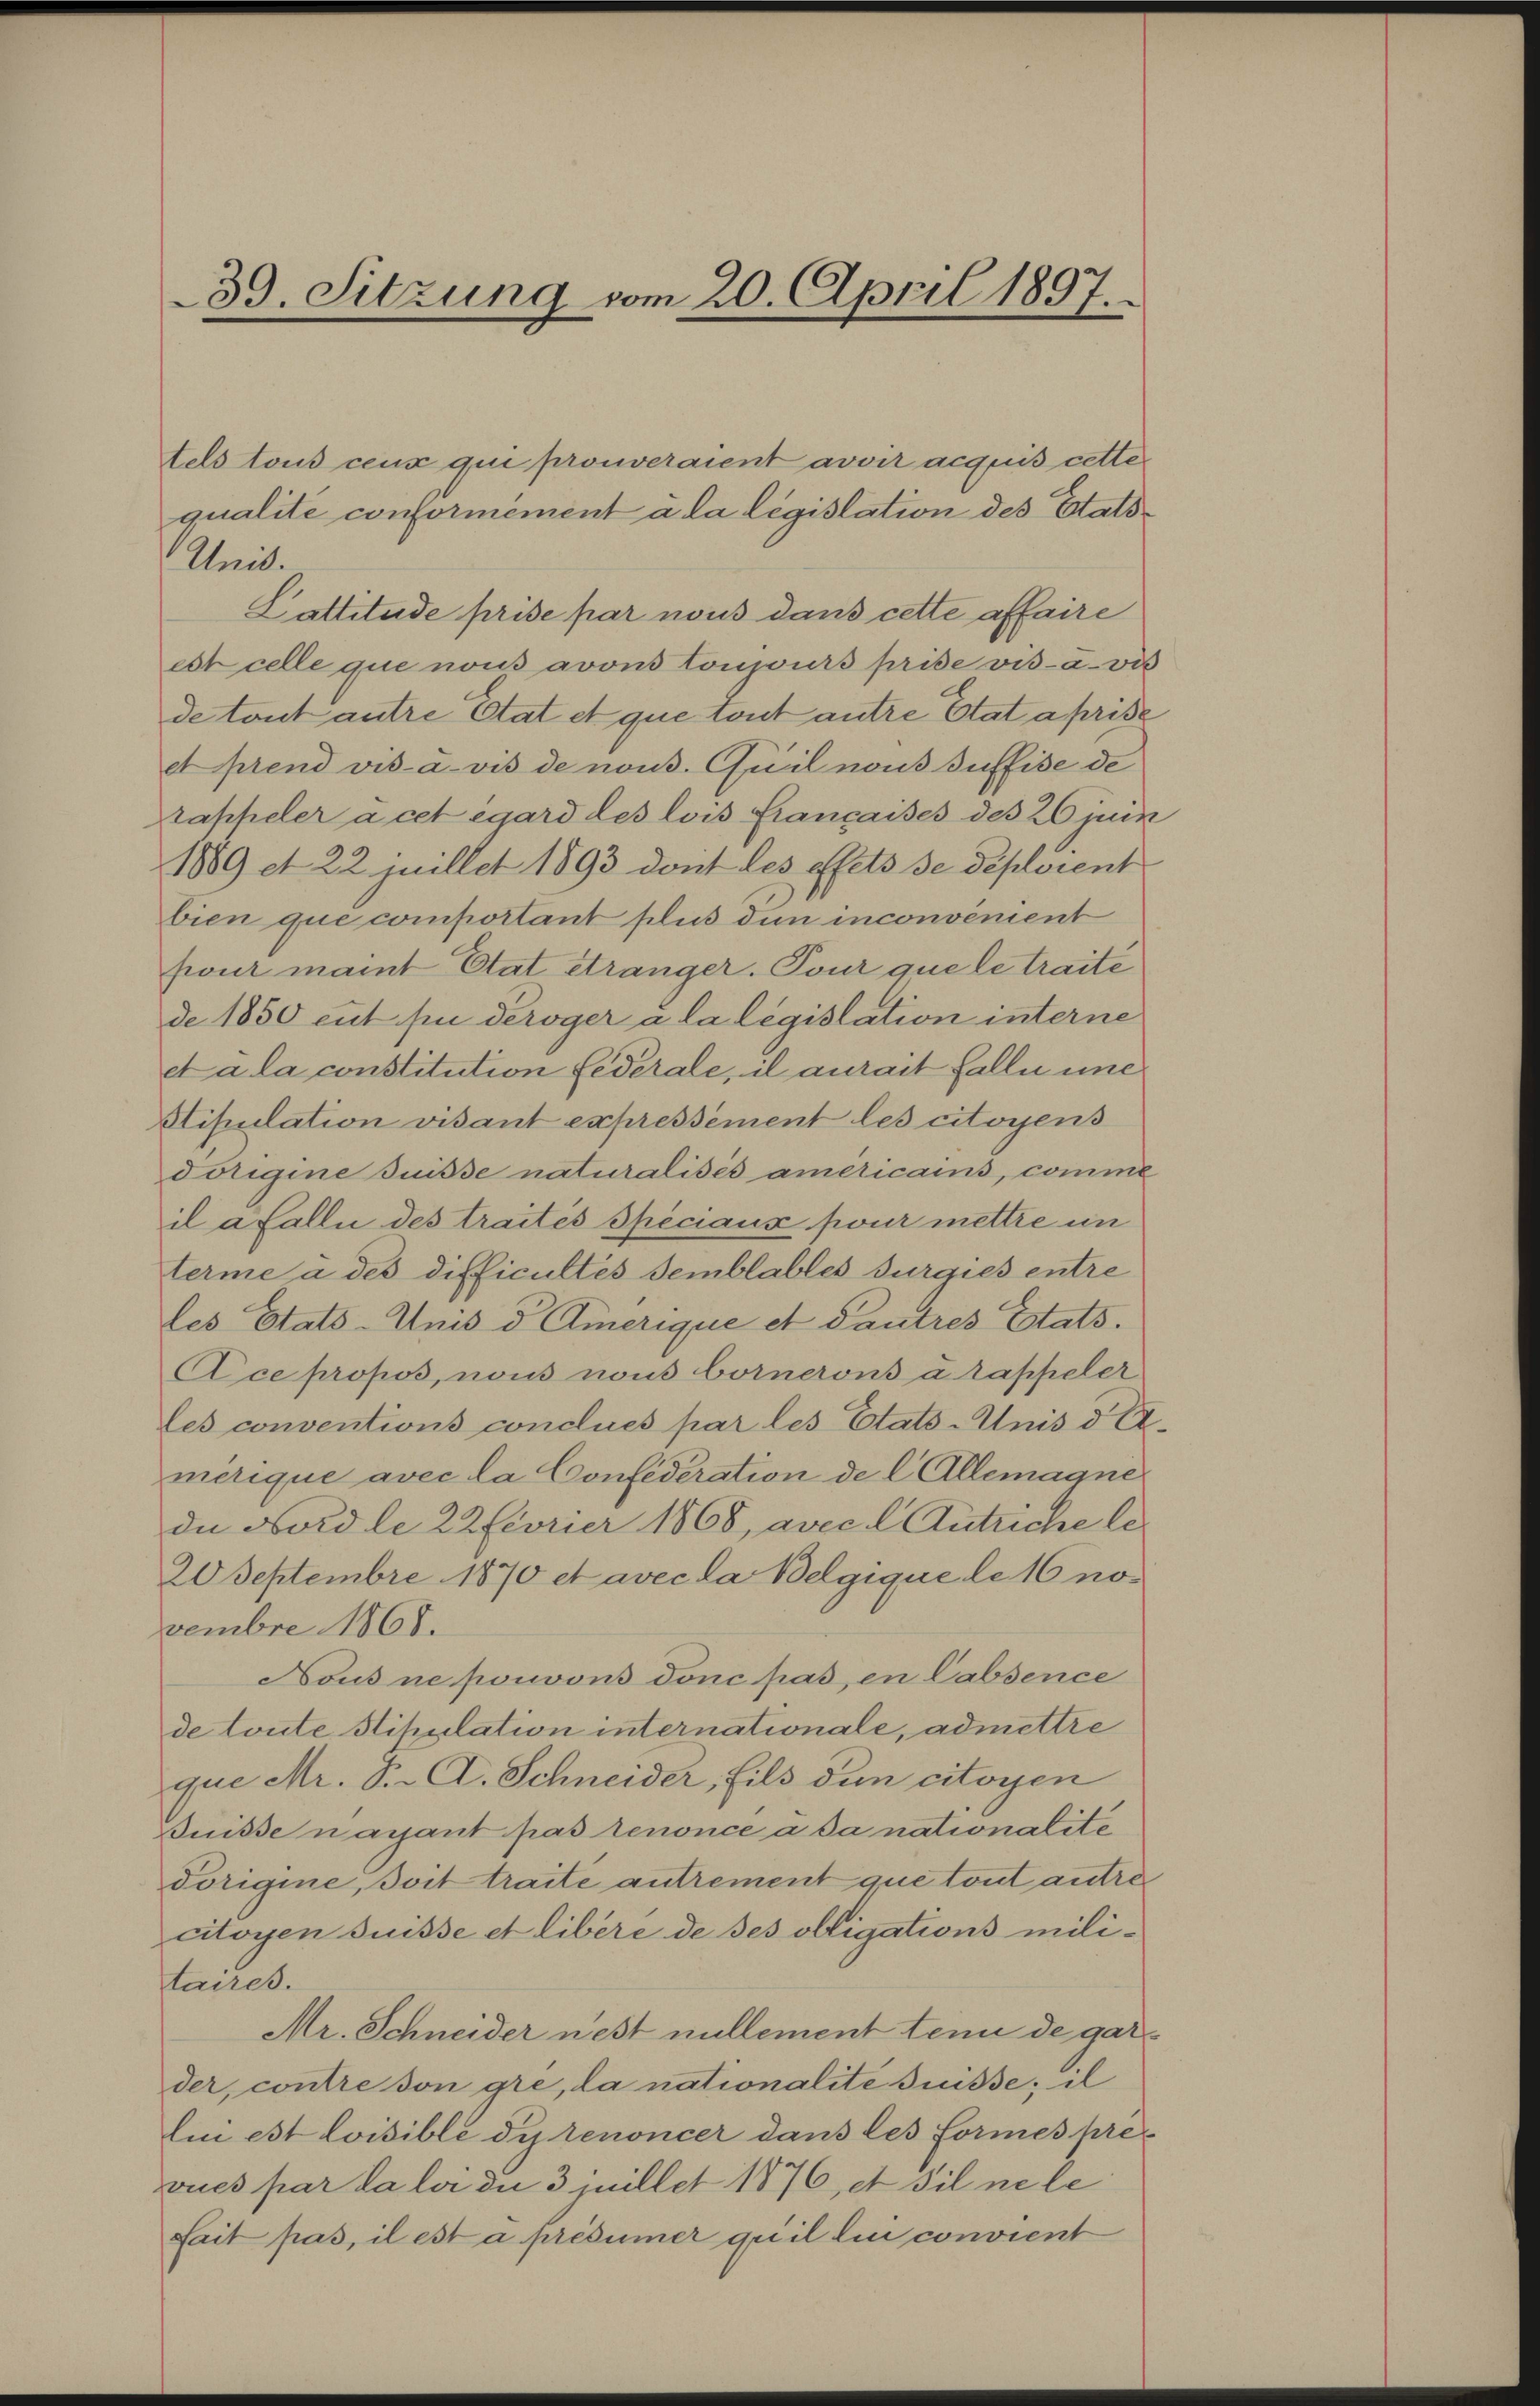
39. Sitzung vom 20. April 1897.

tels tous ceux qui prouveraient avoir acquis cette
qualite conformément à la législation des Etats¬
Unis.
Lattetude prise par nous dans cette affaire
est celle que nous avons toujours prise vis-à-vis
de tout antre Etat et que tout antre Etat aprise
et prend vis a vis de nous. Quil nous suffise de
tappeler a cet égard des lois Giancaises des 26 juis
1889 et 22 juillet 1893 dont les effets se déploient
bien que comportant plus den inconvement
pour maint Etat etranger. Tour que le traite
de 1850 eut pei deroger a la législation interne
eta la constitution fédérale, il aurait falle une
Stipulation visant expressément les citoyens
Forigine Suisse naturalises americains, comme
il a Falli des traités spéciaux pour mettre im
terme à des difficultés semblables duraies entre
les Etats-Unis d Amerique et Pautres Etats.
Ace propos, nous nous bornerons a rappeler
les conventions conclues par les Etats-Unis d
merique avec la Confederation de l. Allemagne
du Nord le 22 Fevrier 1868, avec l Antriche le
20 Septembre 1870 et avec la Belgique le 16 novembre 1865.
Nous ne pouvons donc pas, en Cabsence
de toute Stipulation internationale, admettre
que Mr. Dr. A. Schneider, fils den citoyen
Buisse nachant pas renonce a da nationalite
dorigine, soit traite autrement que tout autre
citoyen Suisse et libère de ses obligations militaires.
Mr. Schneider nest nullement tenu de gar
der, contre son gre, la nationalite Buisse; il
lin est loisible di renoncer dans les formes pre
vues par la loi die 3 juillet 1876, et sil nele
fait pas, il est a présumer quil lin convient

e